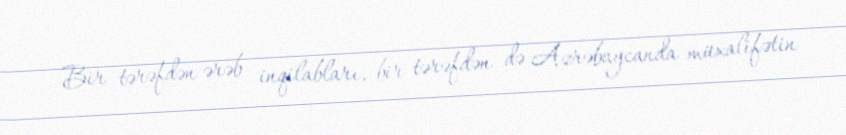
Bir tərəfdən ərəb inqilabları, bir tərəfdən də Azrəbaycanda müxalifətin